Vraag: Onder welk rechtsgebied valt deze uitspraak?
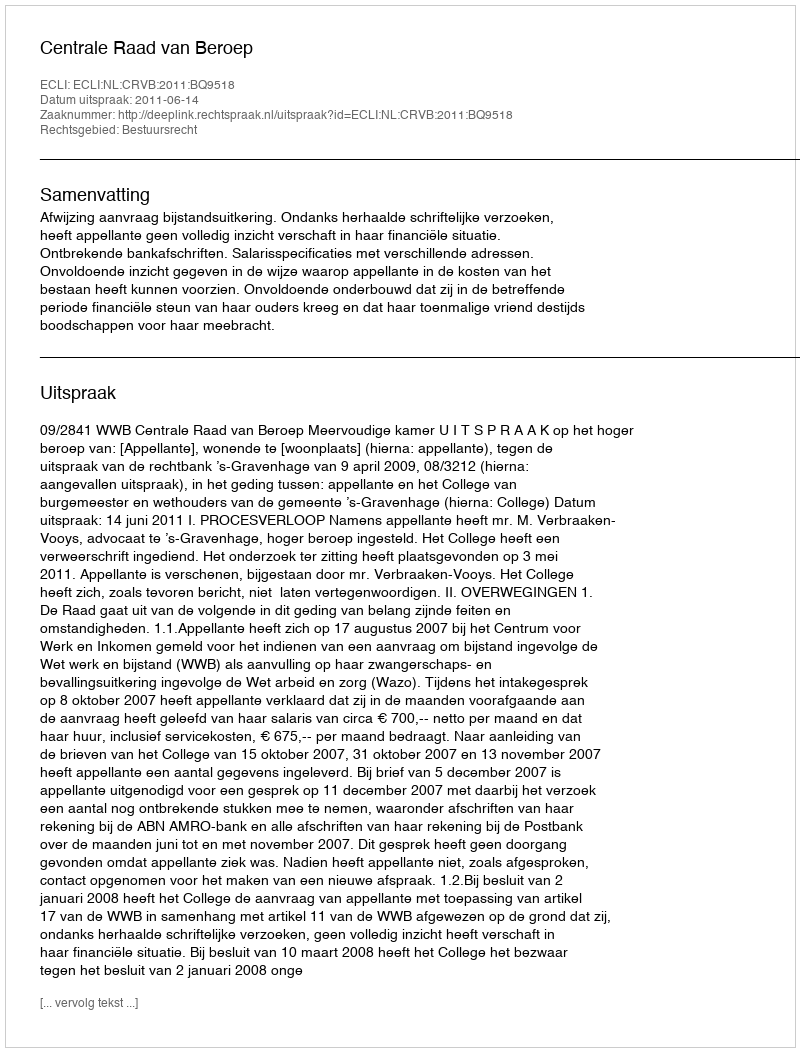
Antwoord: Bestuursrecht